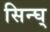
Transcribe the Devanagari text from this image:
सिन्घ्